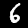
Digit: 6